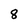
Character: 8